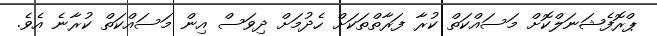
ޕްރޮފެޝަނަލްކޮށް މަސައްކަތް ކުރާ ފަރާތްތަކަށް ހެދުމަށް ދިވަސް އިން މަސައްކަތް ކުރާނެ އެވެ.